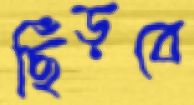
ছিঁড়বে